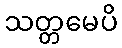
သတ္တမေပိ